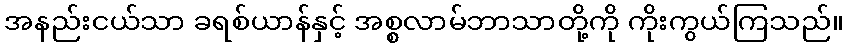
အနည်းငယ်သာ ခရစ်ယာန်နှင့် အစ္စလာမ်ဘာသာတို့ကို ကိုးကွယ်ကြသည်။